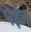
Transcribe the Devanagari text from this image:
पेईज